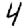
Digit: 4